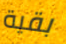
بقية